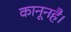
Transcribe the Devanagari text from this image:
कानूनहै।